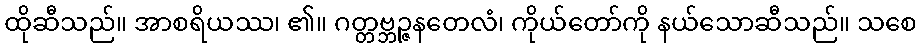
ထိုဆီသည်။ အာစရိယဿ၊ ၏။ ဂတ္တဗ္ဘဉ္ဇနတေလံ၊ ကိုယ်တော်ကို နယ်သောဆီသည်။ သစေ